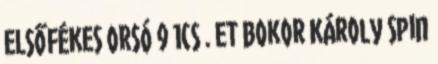
ELSŐFÉKES ORSÓ 9 1cs . ET Bokor Károly Spin